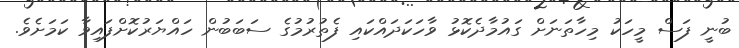
ބުނީ ފަސް މީހަކު މިހާތަނަށް ގައުމާދެކޮޅު ވާހަކަދައްކައި ފެތުރުމުގެ ސަބަބުން ހައްޔަރުކޮށްފައިވާ ކަމަށެވެ.